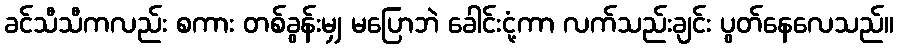
ခင်သီသီကလည်း စကား တစ်ခွန်းမျှ မပြောဘဲ ခေါင်းငုံ့ကာ လက်သည်းချင်း ပွတ်နေလေသည်။